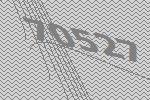
70527